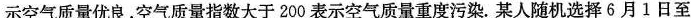
示空气质量优良，空气质量指数大于200表示空气质量重度污染。某人随机选择6月1日至